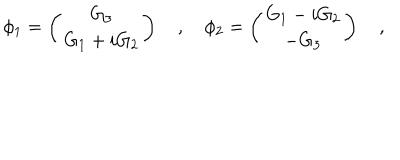
LaTeX: \phi _ { 1 } = \left( \begin{matrix} { { G _ { 3 } } } \\ { { G _ { 1 } + i G _ { 2 } } } \\ \end{matrix} \right) \quad , \quad \phi _ { 2 } = \left( \begin{matrix} { { G _ { 1 } - i G _ { 2 } } } \\ { { - G _ { 3 } } } \\ \end{matrix} \right) \quad ,